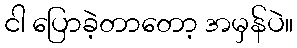
ငါ ပြောခဲ့တာတော့ အမှန်ပဲ။